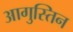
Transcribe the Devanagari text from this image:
आगुस्तिन